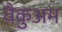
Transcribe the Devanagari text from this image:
वैकुअम